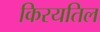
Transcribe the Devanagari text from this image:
किरयतिल